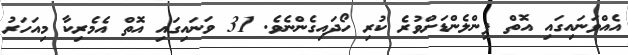
އެއްވަނައިގައި އޮތް ފިންލެންޑަށްވުރެ ކުރި ހޯދައިގެންނެވެ. 31 ވަނައިގައި އޮތް އެމެރިކާ މިއަހަރު